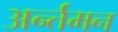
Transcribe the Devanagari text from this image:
अर्न्‍तमन